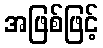
အဖြစ်ဖြင့်